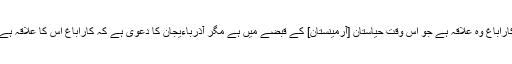
کاراباغ وہ علاقہ ہے جو اس وقت حیاستان [آرمینستان] کے قبضے میں ہے مگر آذرباءیجان کا دعوی ہے کہ کاراباغ اس کا علاقہ ہے۔